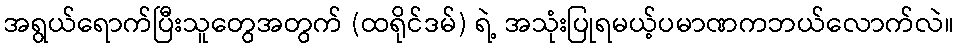
အရွယ်ရောက်ပြီးသူတွေအတွက် (ထရိုင်ဒမ်) ရဲ့ အသုံးပြုရမယ့်ပမာဏကဘယ်လောက်လဲ။